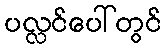
ပလ္လင်ပေါ်တွင်